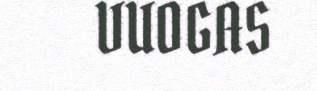
VUOGAS